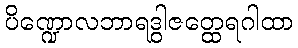
ပိဏ္ဍောလဘာရဒွါဇတ္ထေရဂါထာ